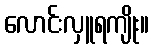
လောင်းလှူရကျိုး။